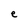
Character: e